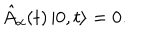
\hat { A } _ { \alpha } ( t ) \left| 0 , t \right> = 0 .